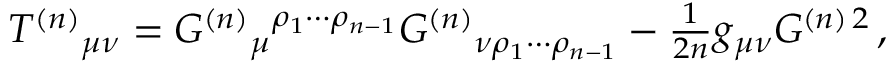
T ^ { ( n ) } { } _ { \mu \nu } = G ^ { ( n ) } { } _ { \mu } { } ^ { \rho _ { 1 } \cdots \rho _ { n - 1 } } G ^ { ( n ) } { } _ { \nu \rho _ { 1 } \cdots \rho _ { n - 1 } } - { \textstyle \frac { 1 } { 2 n } } g _ { \mu \nu } G ^ { ( n ) \, 2 } \, ,